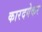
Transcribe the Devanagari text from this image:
कारदगेकर